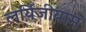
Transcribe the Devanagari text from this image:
लर्यिजीयाम